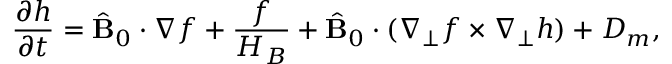
\frac { \partial h } { \partial t } = \hat { \bf B } _ { 0 } \cdot \nabla f + \frac { f } { H _ { B } } + \hat { \bf B } _ { 0 } \cdot ( \nabla _ { \perp } f \times \nabla _ { \perp } h ) + D _ { m } ,